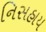
નિસહાય